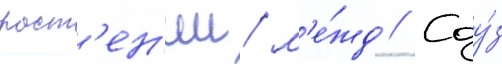
раст'ен'ии/ м'е́жд // Соу́з